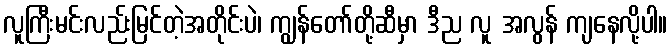
လူကြီးမင်းလည်းမြင်တဲ့အတိုင်းပဲ၊ ကျွန်တော်တို့ဆီမှာ ဒီည လူ အလွန် ကျနေလို့ပါ။